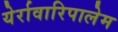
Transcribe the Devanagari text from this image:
येर्रावारिपालेम